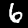
Digit: 6